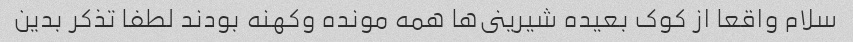
سلام واقعا از کوک بعیده شیرینى‌ها همه مونده وکهنه بودند لطفا تذکر بدین